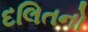
દલિતનો